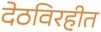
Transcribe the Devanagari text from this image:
देठविरहीत